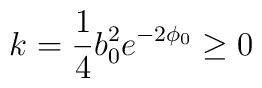
k = \frac{1}{4}b_0^2 e^{-2\phi_0} \ge 0